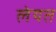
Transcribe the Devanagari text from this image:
लेयत